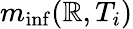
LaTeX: m_{\operatorname*{inf}}(\mathbb{R},T_{i})